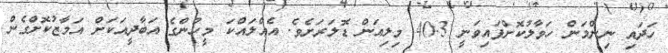
ހަދައި ނިންމަން ހަވާލުކޮށްފައިވަނީ 40.3 މިލިއަން ޑޮލަރަށެވެ. އެއްލައްކަ މީހުންގެ އަބާދީއަކަށް އަމާޒުކޮށްގެން